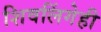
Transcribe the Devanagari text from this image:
शिवलिंगेही